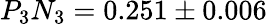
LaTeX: P_{3}N_{3}=0.251\pm 0.006